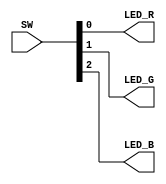
//light up the leds depending on each switch (careful, leds are active low, but so are the switches)

module switch(input [3:0] SW, output LED_R, output LED_G, output LED_B);
      
  assign LED_R = SW[0];
  assign LED_G = SW[1];
  assign LED_B = SW[2];

endmodule